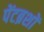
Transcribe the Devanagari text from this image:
पेंटब्रशों